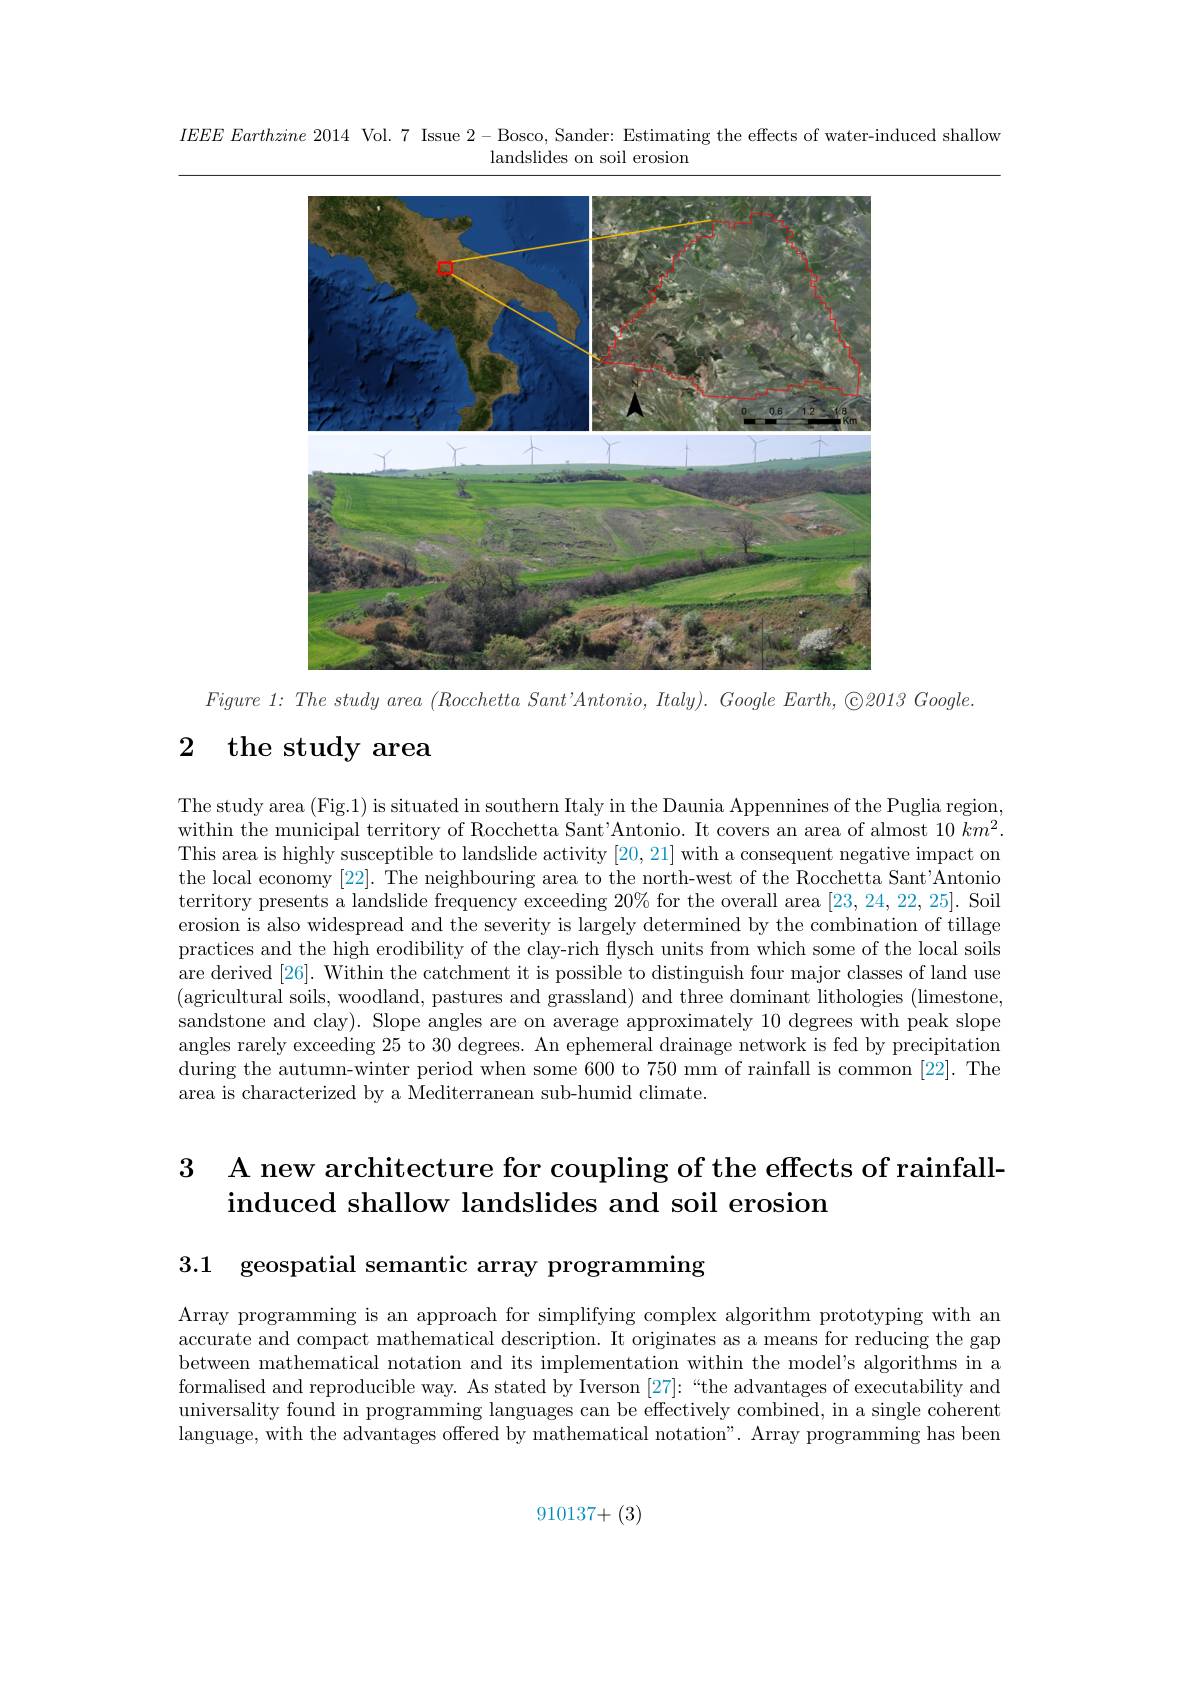
IEEEEEarthzine 2014 Vol. 7 Issue 2-Bosco, Sander: Estimating the effects of water-induced shallow

landslides on soil erosion

<FigureHere>

$Figure~1:~The~study~area~(Rocchetta~Sant'Antonio,~Italy).~Google~Earth,~\textcircled {\odot}2013~Google.$

# 2 the study area

The study area (Fig.1) is situated in southern Italy in the Daunia Appennines of the Puglia region, within the municipal territory of Rocchetta Sant'Antonio. It covers an area of almost $10\textit{k}m^{2}$ This area is highly susceptible to landslide activity [20,21] with a consequent negative impact on the local economy [22]. The neighbouring area to the north-west of the Rocchetta Sant'Antonio territory presents a landslide frequency exceeding 20% for the overall area [23,24,22,25]. Soil erosion is also widespread and the severity is largely determined by the combination of tillage practices and the high erodibility of the clay-rich flysch units from which some of the local soils are derived [26]. Within the catchment it is possible to distinguish four major classes of land use (agricultural soils, woodland, pastures and grassland) and three dominant lithologies (limestone, sandstone and clay). Slope angles are on average approximately 10 degrees with peak slope angles rarely exceeding 25 to 30 degrees. An ephemeral drainage network is fed by precipitation during the autumn-winter period when some 600 to 750 mm of rainfall is common [22]. The area is characterized by a Mediterranean sub-humid climate.

# 3 A new architecture for coupling of the effects of rainfallinduced shallow landslides and soil erosion

3.1 geospatial semantic array programming

Array programming is an approach for simplifying complex algorithm prototyping with an accurate and compact mathematical description. It originates as a means for reducing the gap between mathematical notation and its implementation within the model's algorithms in a formalised and reproducible way. As stated by Iverson [27]:“the advantages of executability and universality found in programming languages can be effectively combined, in a single coherent language, with the advantages offered by mathematical notation". Array programming has been

910137+(3)